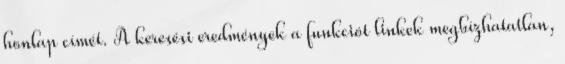
honlap címét. A keresési eredmények a funkciót linkek megbízhatatlan,